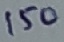
Text: 150